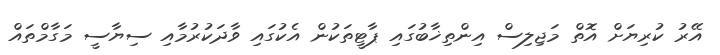
އޭރު ކުރިޔަށް އޮތް މަޖިލިސް އިންތިޚާބުގައި ޕާޓީތަކުން އެކުގައި ވާދަކުރުމާއި ސިޔާސީ މަގާމްތައް